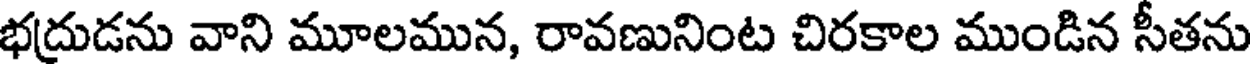
భద్రుడను వాని మూలమున, రావణునింట చిరకాల ముండిన సీతను